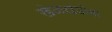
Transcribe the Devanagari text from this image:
खेळखंडोबा